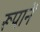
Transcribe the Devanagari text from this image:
रूपानें